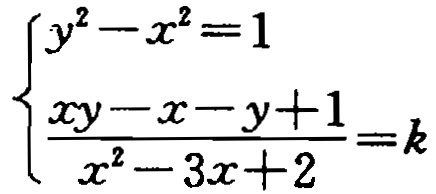
\[\begin{cases}

y^{2}-x^{2}=1\\

\frac{xy - x - y + 1}{x^{2}-3x + 2}=k

\end{cases}\]